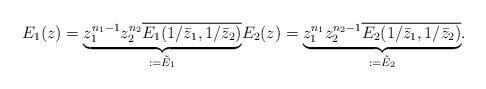
LaTeX: \begin{align*} E_1(z) = \underset{:=\tilde{E}_1}{\underbrace{z_1^{n_1-1} z_2^{n_2} \overline{E_1(1/\bar{z}_1, 1/\bar{z}_2)}}}E_2(z) = \underset{:=\tilde{E}_2}{\underbrace{z_1^{n_1} z_2^{n_2-1} \overline{E_2(1/\bar{z}_1,1/\bar{z}_2)}}}.\end{align*}